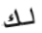
لك